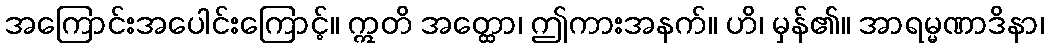
အကြောင်းအပေါင်းကြောင့်။ ဣတိ အတ္ထော၊ ဤကားအနက်။ ဟိ၊ မှန်၏။ အာရမ္မဏာဒိနာ၊